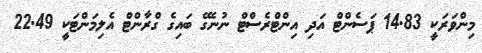
މިންވަރަކީ 14.83 ޕަސެންޓް އަދި އިންޓްރެސްޓް ނުނެގޭ ބައިގެ ގްރާންޓް އެލިމަންޓަކީ 22.49